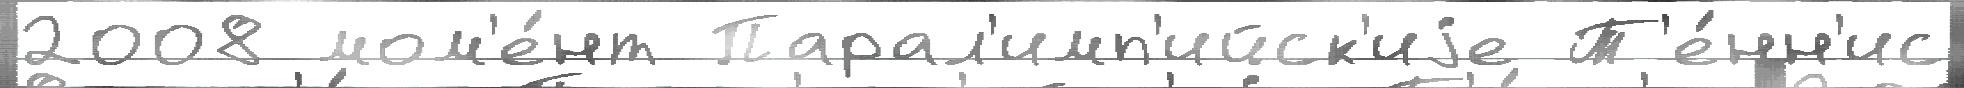
2008 мом'е́нт Парал'имп'ийск'иjе Т'е́нн'ис